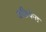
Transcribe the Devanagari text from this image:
अफ़्रिकेत